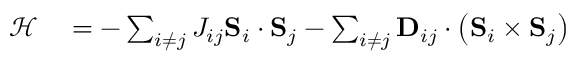
\begin{array} { r l } { \mathscr { H } } & { { } = - \sum _ { i \neq j } J _ { i j } \mathbf { S } _ { i } \cdot \mathbf { S } _ { j } - \sum _ { i \neq j } \mathbf { D } _ { i j } \cdot \left( \mathbf { S } _ { i } \times \mathbf { S } _ { j } \right) } \end{array}